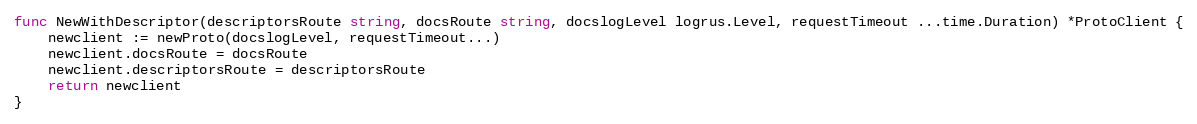
Language: Go
func NewWithDescriptor(descriptorsRoute string, docsRoute string, docslogLevel logrus.Level, requestTimeout ...time.Duration) *ProtoClient {
	newclient := newProto(docslogLevel, requestTimeout...)
	newclient.docsRoute = docsRoute
	newclient.descriptorsRoute = descriptorsRoute
	return newclient
}